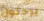
يرحلون